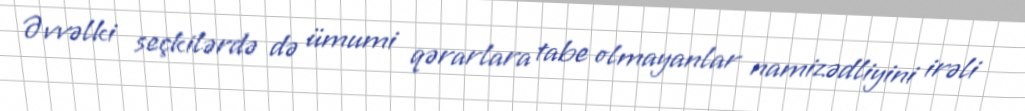
Əvvəlki seçkilərdə də ümumi qərarlara tabe olmayanlar namizədliyini irəli